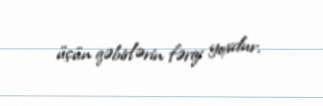
üçün qəbirlərin fərqi yoxdur.